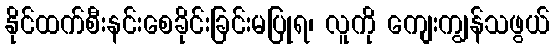
နိုင်ထက်စီးနင်းစေခိုင်းခြင်းမပြုရ၊ လူကို ကျေးကျွန်သဖွယ်